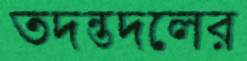
তদন্তদলের